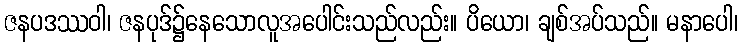
ဇနပဒဿဝါ၊ ဇနပုဒ်၌နေသောလူအပေါင်းသည်လည်း။ ပိယော၊ ချစ်အပ်သည်။ မနာပေါ၊